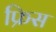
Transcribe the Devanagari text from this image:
फ्रिस